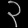
Digit: ၃